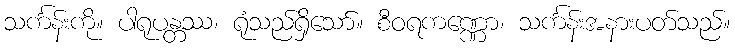
သင်္ကန်းကို။ ပါရုပန္တဿ၊ ရုံသည်ရှိသော်။ စီဝရကဏ္ဏော၊ သင်္ကန်းအနားပတ်သည်။